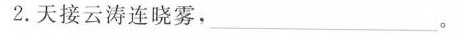
2.天接云涛连晓雾，\underline。